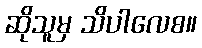
ဆိုသူမှ သိပါလေစ။